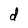
Character: d